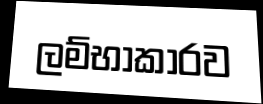
ලම්භාකාරව